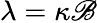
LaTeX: \lambda=\kappa\mathscr{B}